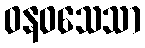
ဝနဝသေသာ